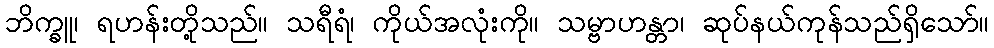
ဘိက္ခူ၊ ရဟန်းတို့သည်။ သရီရံ၊ ကိုယ်အလုံးကို။ သမ္ဗာဟန္တာ၊ ဆုပ်နယ်ကုန်သည်ရှိသော်။